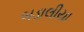
બડાલીયા